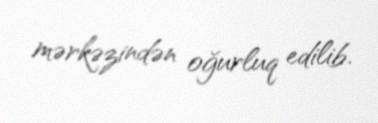
mərkəzindən oğurluq edilib.